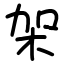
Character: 架